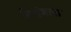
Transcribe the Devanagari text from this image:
नियंत्राक